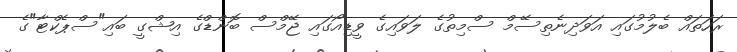
ރަހަތައް ބެލުމުގައި އަވަދިނެތިސޭމް ސްމިތުގެ ލަވައިގެ ވީޑިއޯގައި ޖޭމްސް ބޮންޑްގެ އިޝްގީ ބައި"ސްޕެކްޓާ"ގެ